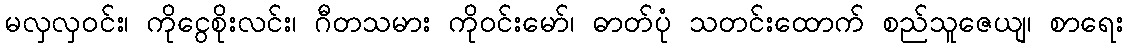
မလှလှဝင်း၊ ကိုငွေစိုးလင်း၊ ဂီတသမား ကိုဝင်းမော်၊ ဓာတ်ပုံ သတင်းထောက် စည်သူဇေယျ၊ စာရေး